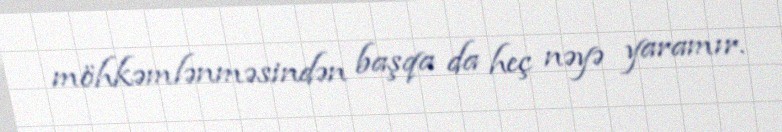
möhkəmlənməsindən başqa da heç nəyə yaramır.